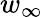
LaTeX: w_{\infty}